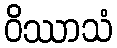
ဝိဿာသံ